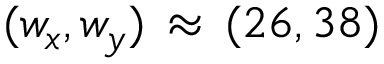
( w _ { x } , w _ { y } ) \, \approx \, ( 2 6 , 3 8 )